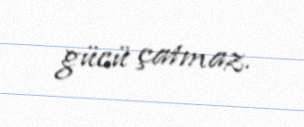
gücü çatmaz.